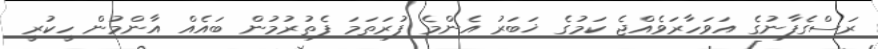
ރަސްގެފާނުގެ އަވަހާރަވެއްޖެ ކަމުގެ ޚަބަރު އެންމެ ފުރަތަމަ ފެތުރުމުން ބައެއް އާންމުން ހީކުރީ